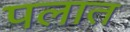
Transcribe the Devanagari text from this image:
पलात